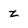
Character: z